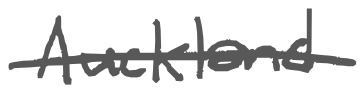
Text: Auckland
Cross-out: single-line
Writing tool: digital_gray